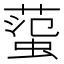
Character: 𧍙